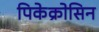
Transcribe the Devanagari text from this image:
पिकेक्रोसिन